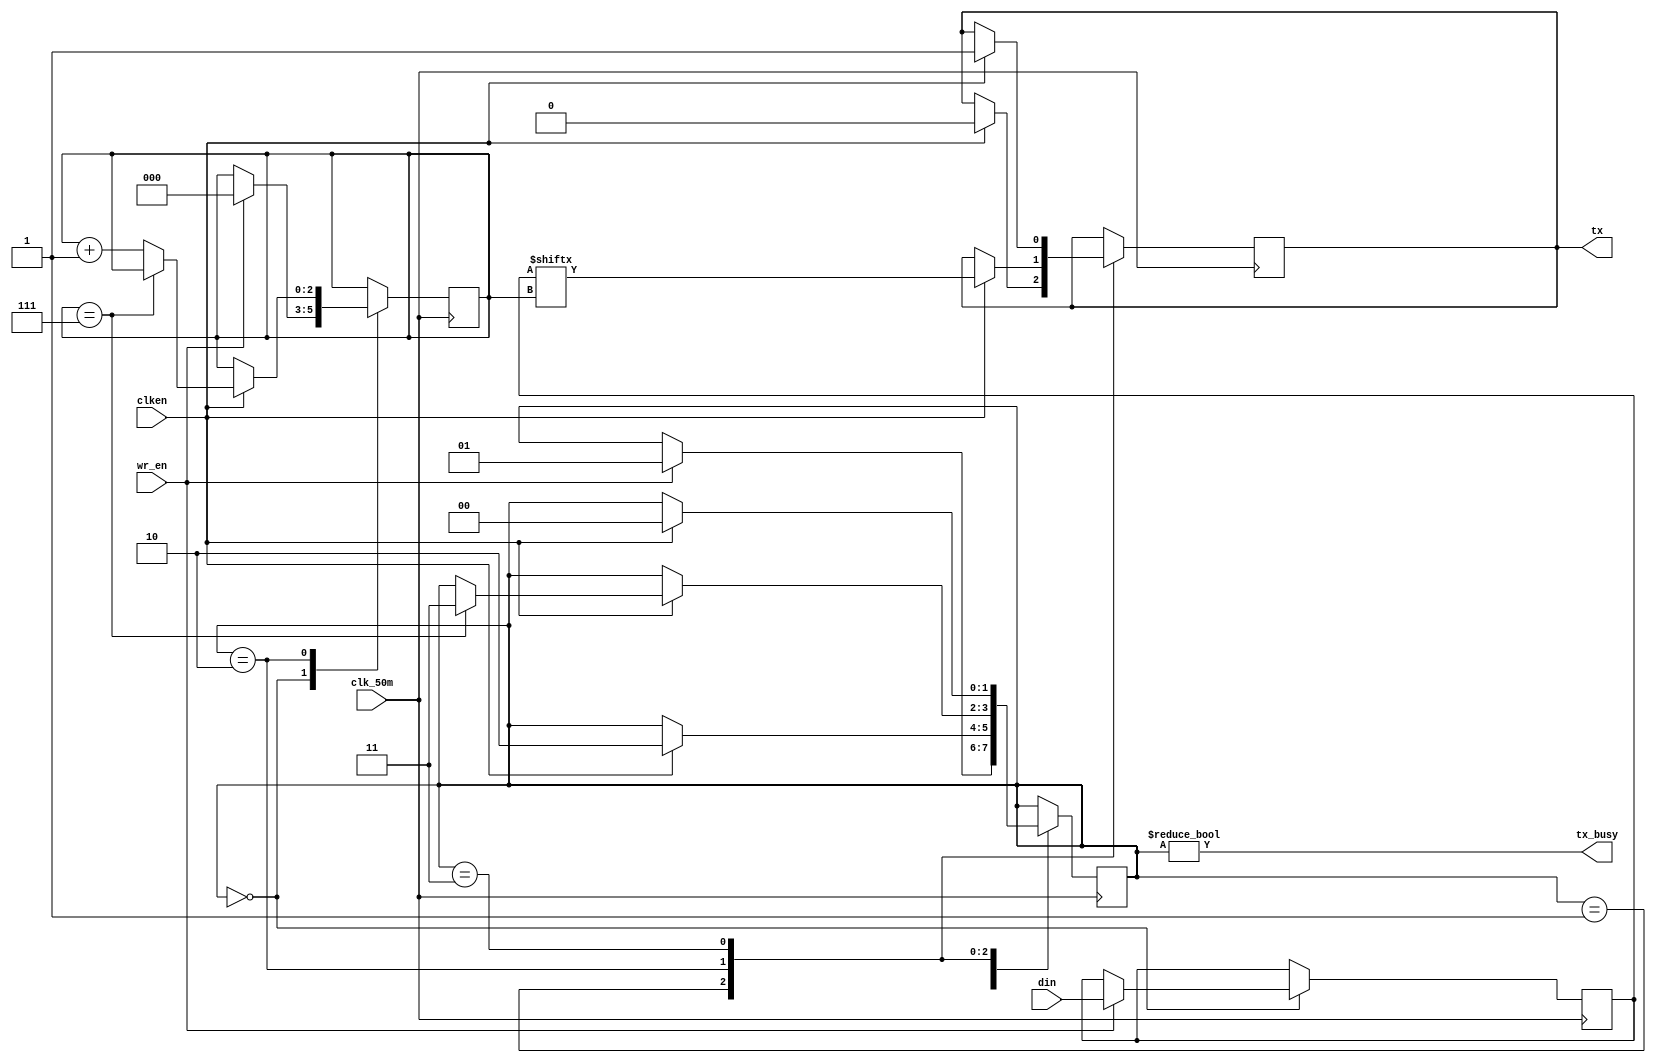
`timescale 1ns / 1ps
//////////////////////////////////////////////////////////////////////////////////
// Company: 
// 
// Design Name: 
// Module Name: Tranmitter File
// Project Name: UART 
// Target Devices: 
// Tool Versions: 
// Description: 
// 
// Dependencies: 
// 
// Revision:
// Revision 0.01 - File Created
// Additional Comments:
// 
//CMS ID: 041-18-0033

module transmitter(input wire [7:0] din,
		   input wire wr_en,
		   input wire clk_50m,
		   input wire clken,
		   output reg tx,
		   output wire tx_busy);

initial begin
	 tx = 1'b1;
end

parameter STATE_IDLE	= 2'b00;
parameter STATE_START	= 2'b01;
parameter STATE_DATA	= 2'b10;
parameter STATE_STOP	= 2'b11;

reg [7:0] data = 8'h00;
reg [2:0] bitpos = 3'h0;
reg [1:0] state = STATE_IDLE;

always @(posedge clk_50m) begin
	case (state)
	STATE_IDLE: begin
		if (wr_en) begin
			state <= STATE_START;
			data <= din;
			bitpos <= 3'h0;
		end
	end
	STATE_START: begin
		if (clken) begin
			tx <= 1'b0;
			state <= STATE_DATA;
		end
	end
	STATE_DATA: begin
		if (clken) begin
			if (bitpos == 3'h7)
				state <= STATE_STOP;
			else
				bitpos <= bitpos + 3'h1;
			tx <= data[bitpos];
		end
	end
	STATE_STOP: begin
		if (clken) begin
			tx <= 1'b1;
			state <= STATE_IDLE;
		end
	end
	default: begin
		tx <= 1'b1;
		state <= STATE_IDLE;
	end
	endcase
end

assign tx_busy = (state != STATE_IDLE);

endmodule